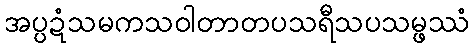
အပ္ပဍံသမကသဝါတာတပသရီသပသမ္ဖဿံ